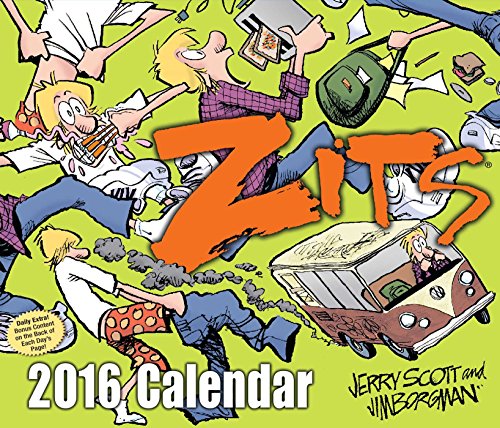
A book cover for Zits 2016 Day-to-Day Calendar; Jerry Scott; Calendars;